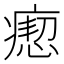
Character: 瘛